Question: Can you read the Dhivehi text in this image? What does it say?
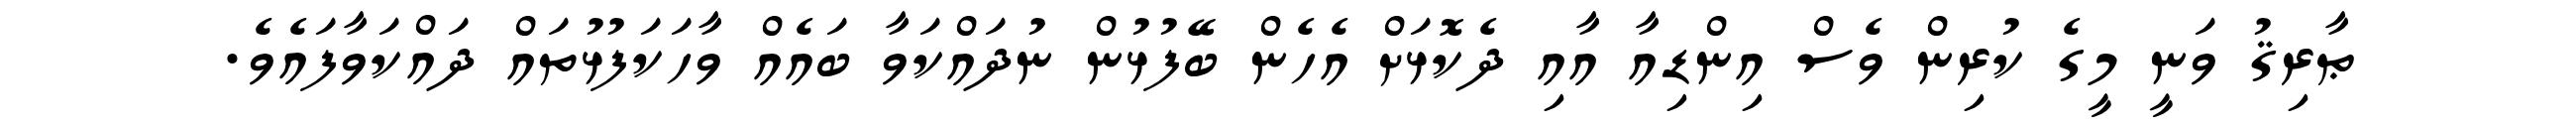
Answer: ޠާރިޤު ވަނީ މީގެ ކުރިން ވެސް އިންޑިއާ އާއި ދެކޮޅަށް އެހެން ބޭފުޅުން ނުދައްކަވާ ބައެއް ވާހަކަފުޅުތައް ދައްކަވާފައެވެ.